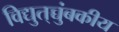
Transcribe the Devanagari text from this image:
विद्युत्‌च्चुंबकीय